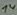
Text: 14